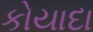
કોયાદા